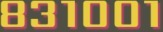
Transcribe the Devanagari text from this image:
८३१००१